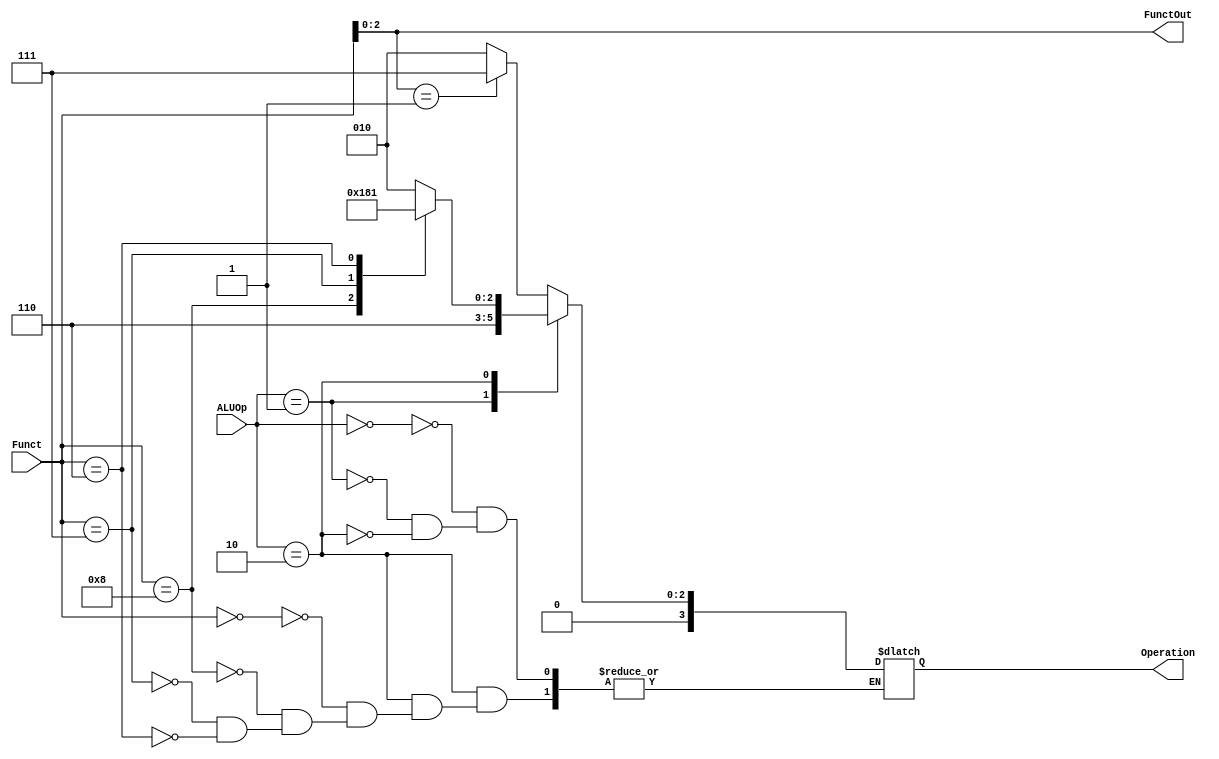
module ALU_Control(
  input [1:0] ALUOp,
  input [3:0] Funct,
  output reg [3:0] Operation,
  output reg [2:0] FunctOut
);

 always @(*)
    begin
      // it will perform the operations acc to ALUOp and Funct
      case(ALUOp )
        2'b00: // I/S-type
          case ({Funct[2:0]})
            3'b001: Operation = 4'b0111; //slli
            default: Operation = 4'b0010; //add (r-type)etc.
          endcase
        2'b01: // sb-type
          Operation = 4'b0110;   //beq, bne
      	  
        2'b10 : // r-type
          case(Funct)
            4'b0000:
             Operation = 4'b0010; //add
            4'b1000:
             Operation = 4'b0110; //sub
            4'b0111:
             Operation = 4'b0000;
            4'b0110:
             Operation = 4'b0001;
          endcase
      endcase
      FunctOut = Funct[2:0];
    end
endmodule